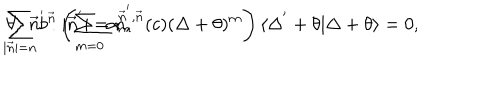
\sum _ { | \vec { n } | = n } b ^ { \vec { n } } \left( \sum _ { m = 0 } \alpha _ { m } ^ { \vec { n } ^ { ' } , \vec { n } } ( c ) ( \Delta + \theta ) ^ { m } \right) \langle \Delta ^ { ' } + \theta | \Delta + \theta \rangle = 0 , \hspace { 1 c m } \forall \: \: \: \vec { n } ^ { ' } : | \vec { n } ^ { ' } | = n ,